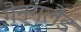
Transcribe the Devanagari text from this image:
गैन्गलैंड